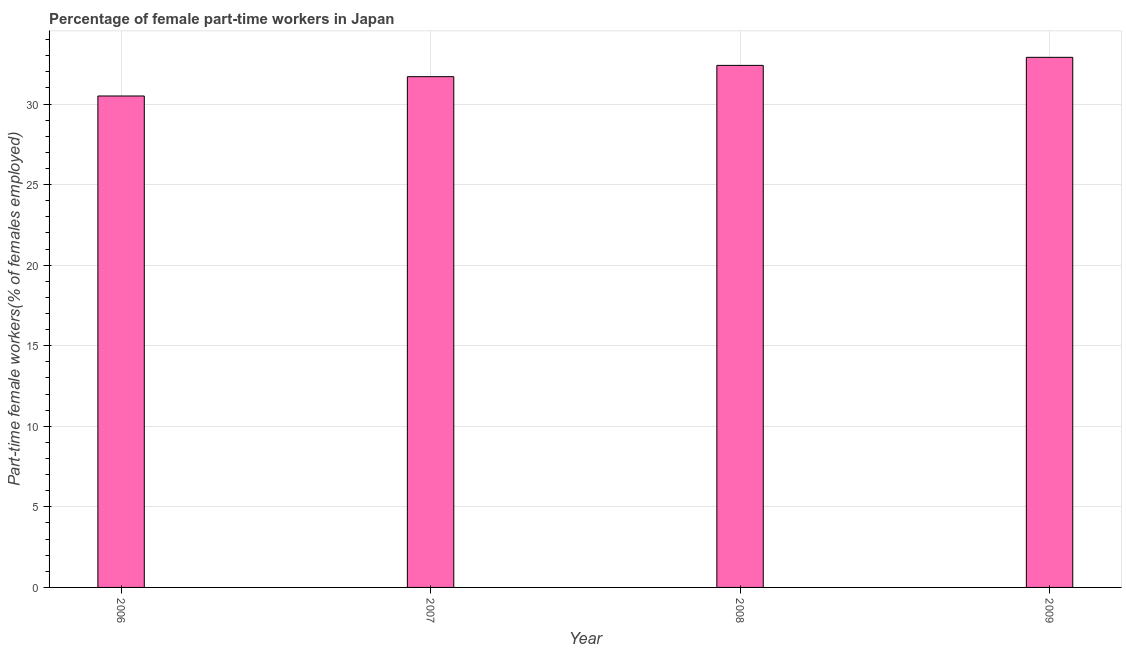
| Year | Part time employment |
 | --- | --- |
 | 2006 | 30.5 |
 | 2007 | 31.7 |
 | 2008 | 32.4 |
 | 2009 | 32.9 |